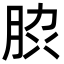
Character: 䏮